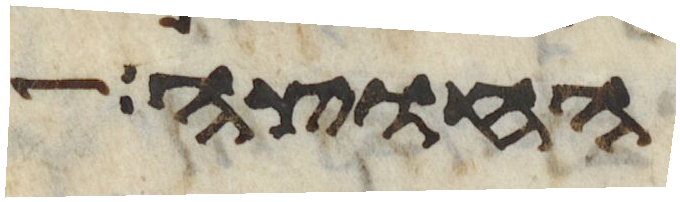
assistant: החוצה